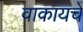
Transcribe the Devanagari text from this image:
वाकायचे